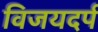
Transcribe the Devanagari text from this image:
विजयदर्प